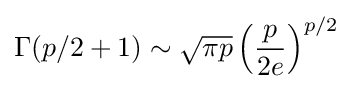
\Gamma (p/2+1)\sim {\sqrt {\pi p}}\left({\frac {p}{2e}}\right)^{p/2}